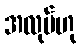
အလုပ်ဟု